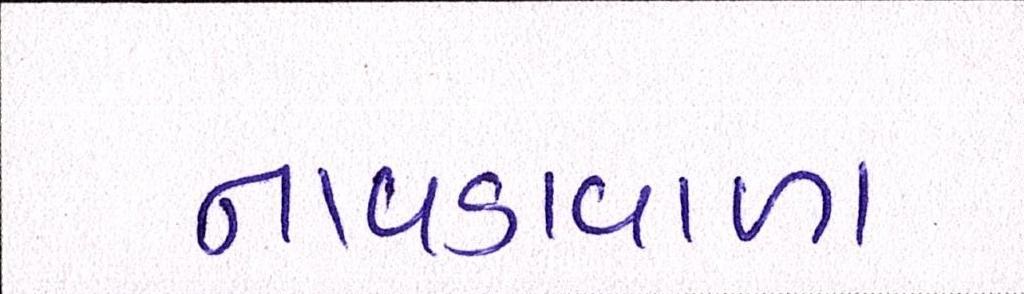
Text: નાવડાવાળા